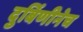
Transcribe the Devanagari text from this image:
दुर्बिणीनेच